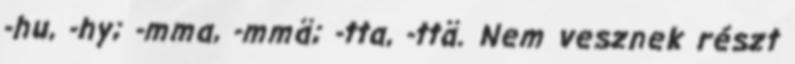
-hu, -hy; -mma, -mmä; -tta, -ttä. Nem vesznek részt